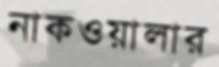
নাকওয়ালার